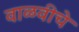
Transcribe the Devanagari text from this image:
वाळवीचे